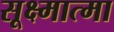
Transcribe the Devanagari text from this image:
सूक्ष्मात्मा